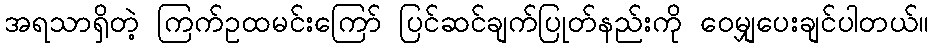
အရသာရှိတဲ့ ကြက်ဥထမင်းကြော် ပြင်ဆင်ချက်ပြုတ်နည်းကို ဝေမျှပေးချင်ပါတယ်။